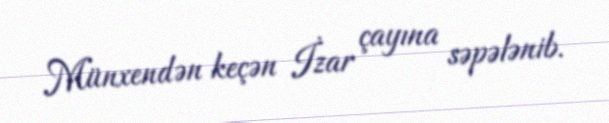
Münxendən keçən İzar çayına səpələnib.